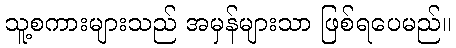
သူ့စကားများသည် အမှန်များသာ ဖြစ်ရပေမည်။